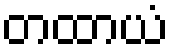
တထာယံ